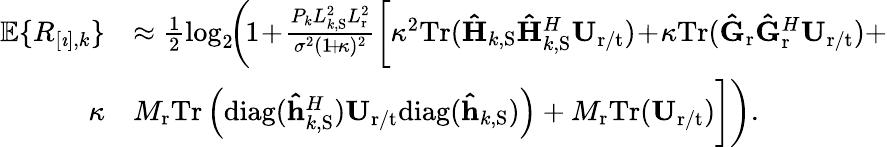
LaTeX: \begin{array}{rl}{\mathbb{E}\{ R_{[\imath],k}\} }&{\approx\frac{1}{2}\log_{2}\! \! \bigg(\! 1\! +\! \frac{P_{k}L_{k,\mathrm{S}}^{2}L_{\mathrm{r}}^{2}}{\sigma^{2}(1\! +\! \kappa)^{2}}\bigg[\kappa^{2}\mathrm{Tr}(\mathbf{\hat{H}}_{k,\mathrm{S}}\mathbf{\hat{H}}_{k,\mathrm{S}}^{H}\mathbf{U}_{\mathrm{r}/\mathrm{t}})\! +\! \kappa\mathrm{Tr}(\mathbf{\hat{G}}_{\mathrm{r}}\mathbf{\hat{G}}_{\mathrm{r}}^{H}\mathbf{U}_{\mathrm{r}/\mathrm{t}})+}\\ {\kappa}&{M_{\mathrm{r}}\mathrm{Tr}\left(\mathrm{diag}(\mathbf{\hat{h}}_{k,\mathrm{S}}^{H})\mathbf{U}_{\mathrm{r}/\mathrm{t}}\mathrm{diag}(\mathbf{\hat{h}}_{k,\mathrm{S}})\right)+M_{\mathrm{r}}\mathrm{Tr}(\mathbf{U}_{\mathrm{r}/\mathrm{t}})\bigg]\bigg).}\end{array}